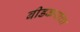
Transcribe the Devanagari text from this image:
बीडकरांचा